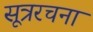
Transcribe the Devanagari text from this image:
सूत्ररचना